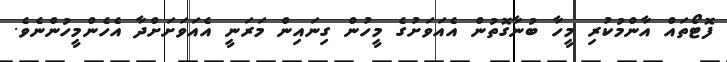
ފޮޓޯތައް އާންމުކުރި މީހާ ބުނާގޮތުން އެއަވަށުގެ މީހުން ގިނައިން މަރަނީ އެއަވަށަށްދާ އެހެންމީހުންނެވެ.